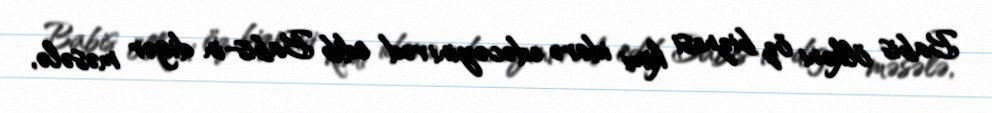
Babis ölkəni öz biznesi kimi idarə edəcəyini vəd edib Babis-in digər məsələ,